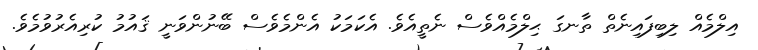
އިލްމެއް ލިބިފައިނެތް ތާނގަ ޙިލްމެއްވެސް ނެތީއެވެ. އެކަމަކު އެންމެވެސް ބޭނުންވަނީ ޤައުމު ކުރިއެރުވުމެވެ.